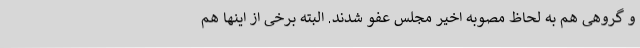
و گروهی هم به لحاظ مصوبه اخیر مجلس عفو شدند. البته برخی از اینها هم